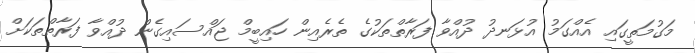
މަގުމަތީގައި އެއްގަމު އުޅަނދު ދުއްވާ ފަރާތްތަކުގެ ތެރެއިން ހައިބީމް ޖައްސައިގެން ދުއްވާ ފަރާތްތަކަށް